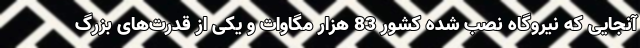
آنجایی که نیروگاه نصب شده کشور 83 هزار مگاوات و یکی از قدرت‌های بزرگ